Vabadussoja_Ajaloo_Komitee, lk 47
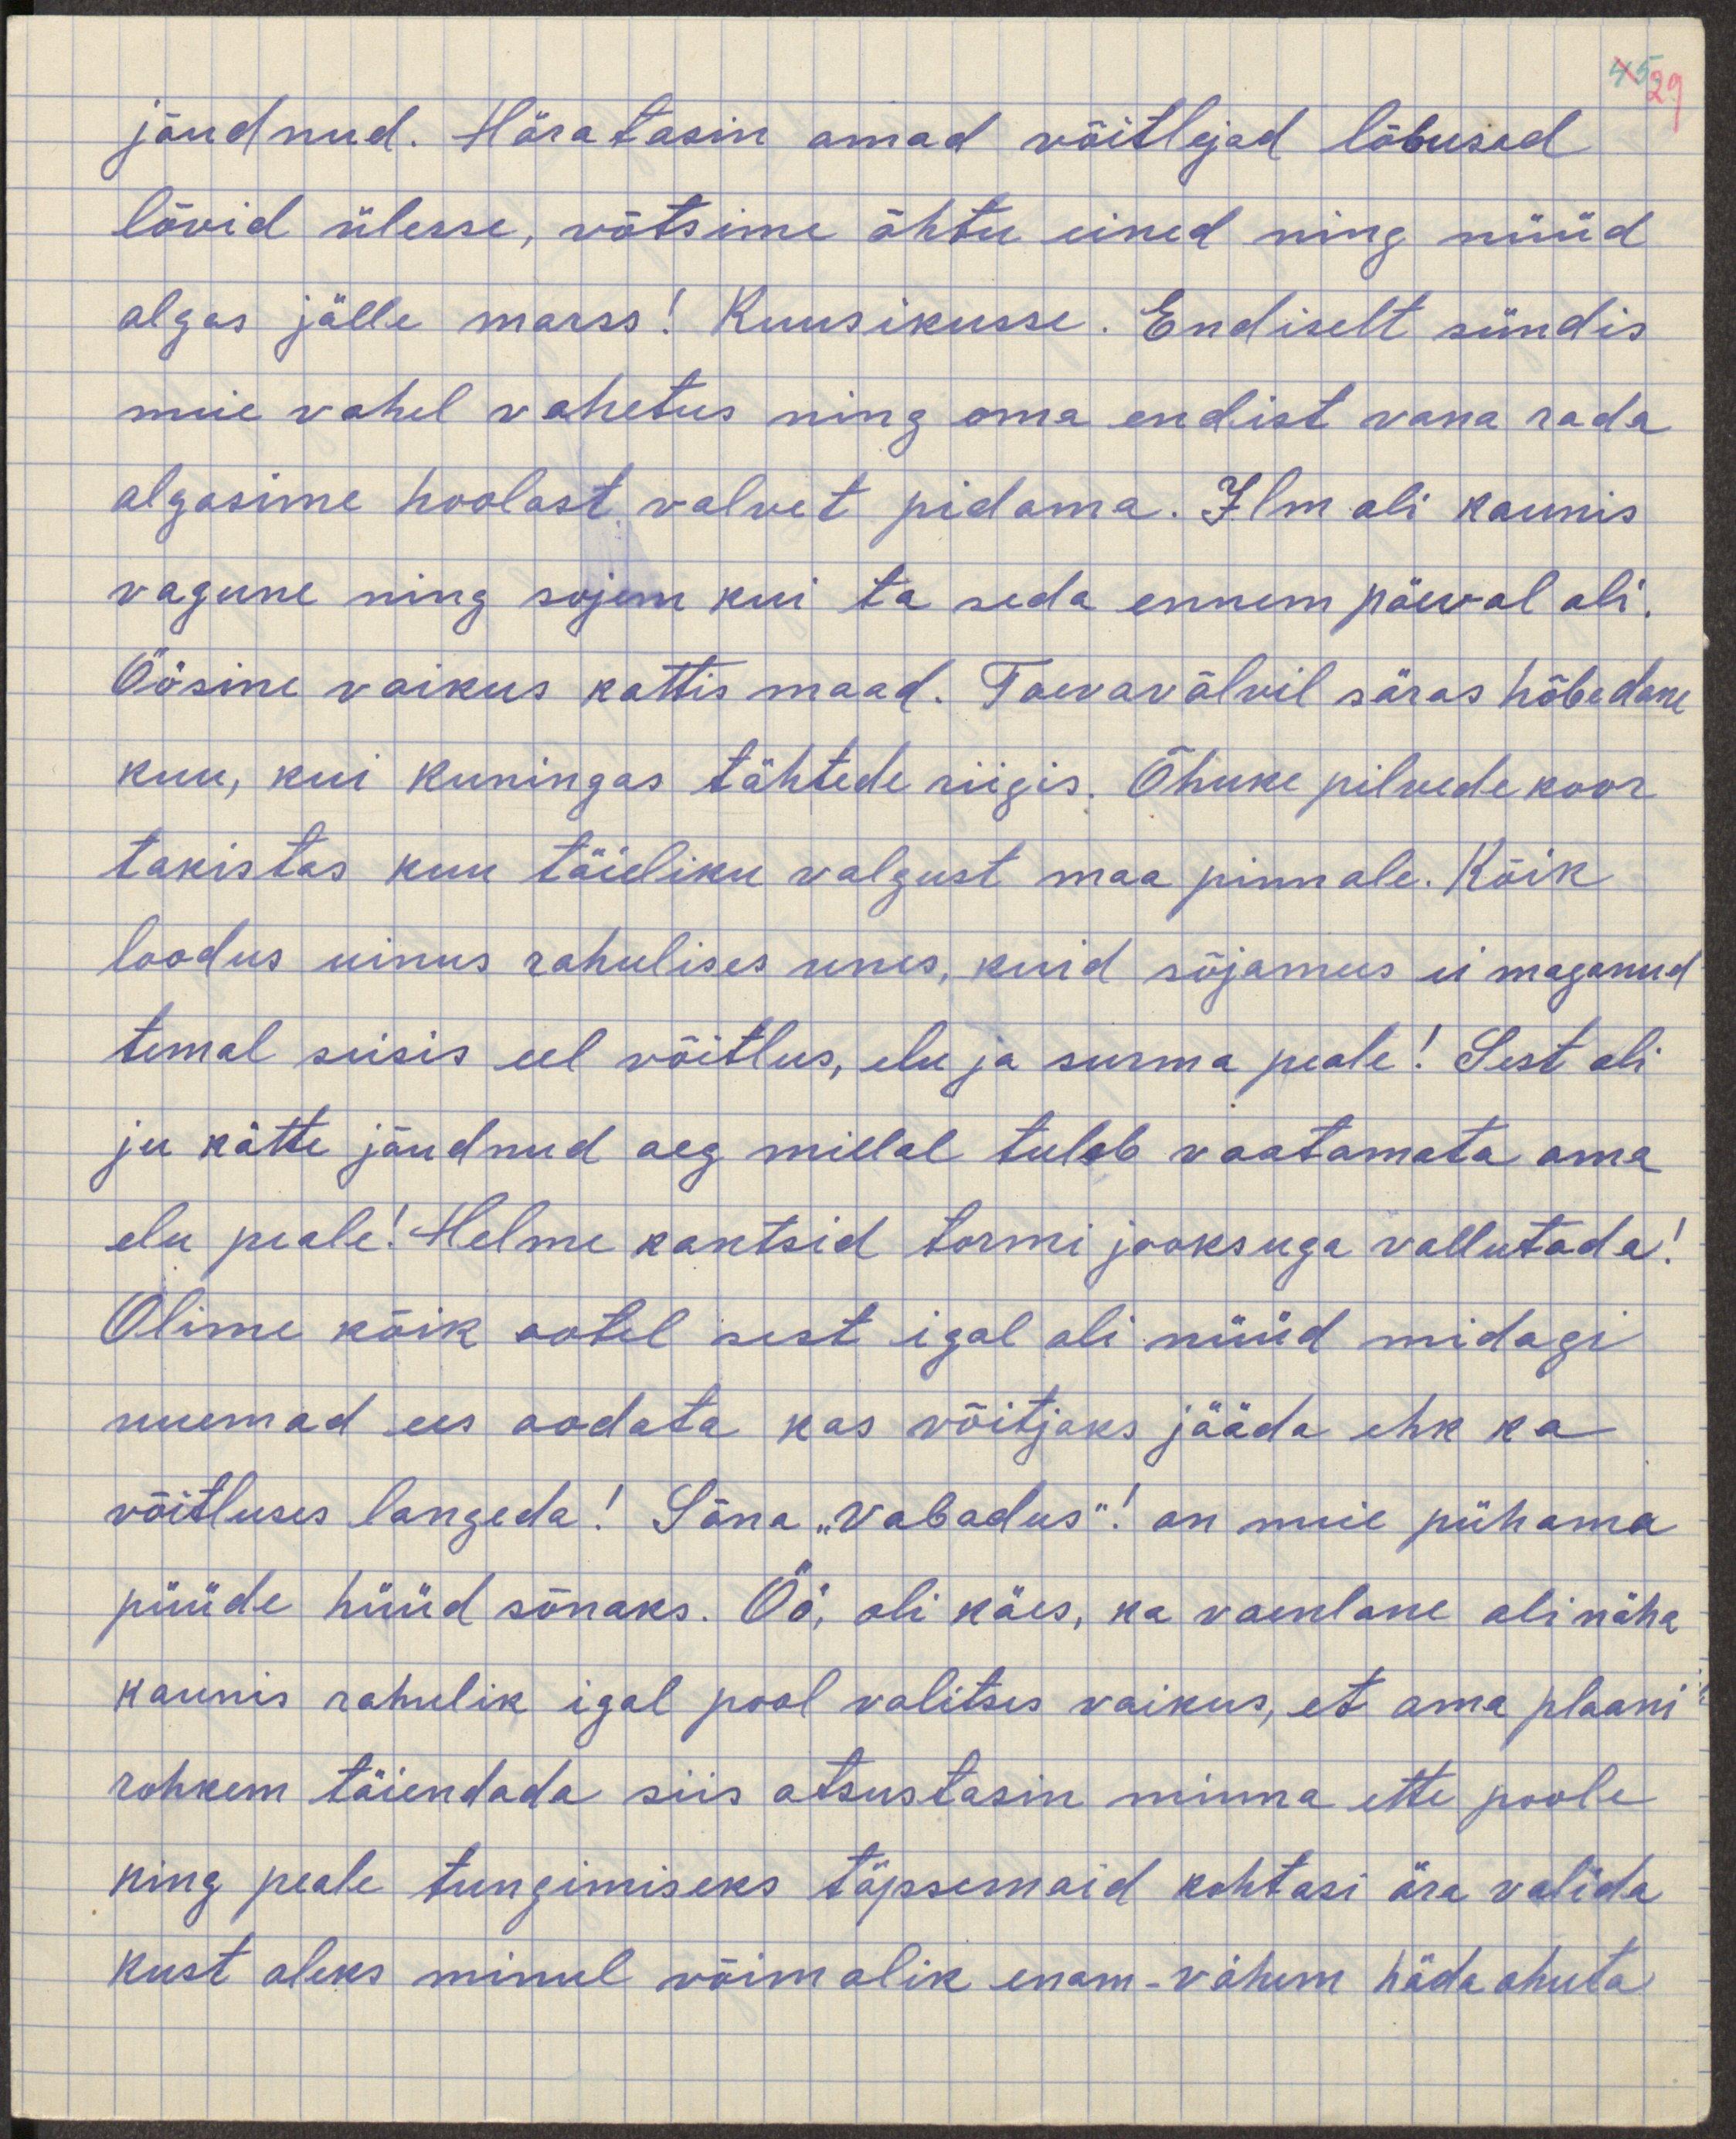
jõudnud. Häratasin omad võitlejad lõbusad
lõvid ülesse, võtsime õhtu eined ning nüüd
algas jälle marss! Kuusikusse. Endiselt sündis
meie vahel vahetus ning oma endist vana rada
algasime hoolast valvet pidama. Ilm oli kaunis
vagune ning sojem kui ta seda ennem päeval oli.
Öösine vaikus kattis maad. Taevavälvil säras hõbedane
kuu, kui kuningas tähtedes riigis. Õhuke pilvede koor
takistas kuu täieliku valgust maa pinnale. Kõik
loodus uinus rahulikus unes, kuid sõjamees ei maganud
temal seisis eel võitlus, elu ja surma peale! Sest oli
ju kätte jõudnud aeg millal tuleb vaadata oma
elu peale! Helme kantsid tormi jooksuga vallutada!
Olime kõik ootel sest igal oli nüüd midagi
suuremat ees oodata kas võitjateks jääda ehk ka 
võitluses langeda! Sõna "vabadus"! on meie pühama
püüde hüüd sõnaks. Öö oli käes, ka vaenlane oli näha
kaunis rahulik igal pool valitses vaikus, et oma plaani
rohkem täiendada siis otsustasin minna ette poole
ning peale tungimiseks täpsemaid kohtasi ära valida
kust oleks minul võimalik enam-vähem hädaohuta